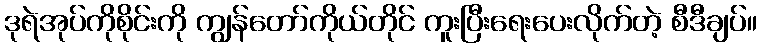
ဒုရဲအုပ်ကိုစိုင်းကို ကျွန်တော်ကိုယ်တိုင် ကူးပြီးရေးပေးလိုက်တဲ့ စီဒီချပ်။